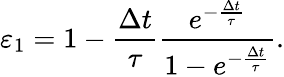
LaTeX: \varepsilon_{1}=1-\frac{\Delta t}{\tau}\frac{e^{-\frac{\Delta t}{\tau}}}{1-e^{-\frac{\Delta t}{\tau}}}.